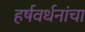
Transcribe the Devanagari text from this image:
हर्षवर्धनांचा